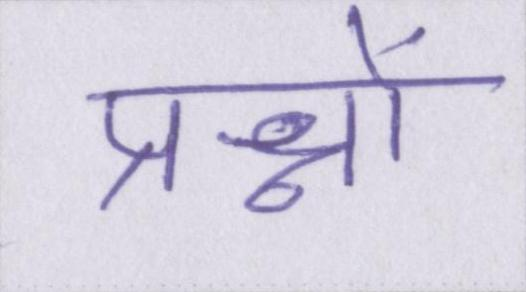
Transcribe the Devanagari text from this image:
प्रश्नों